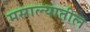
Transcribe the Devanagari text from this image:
मसाल्यातील